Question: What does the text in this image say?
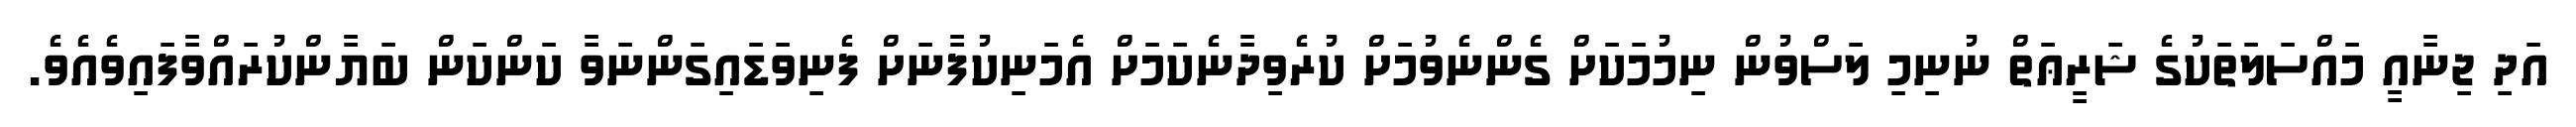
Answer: އަދި ޖިނާއީ މައްސަލަތަކުގެ ޝަރީޢަތް ނުނިމި ލަސްވުން ނިމުމަކަށް ގެންނެވުމަށް ކުރެވިދާނެކަމަށް އެމަނިކުފާނަށް ފެނިވަޑައިގަންނަވާ ކަންކަން ބަޔާންކުރައްވާފައިވެއެވެ.